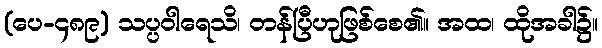
(ပေ-၄၈၉) သပ္ပဝါရေသိ၊ တန်ပြီဟုဖြစ်စေ၏။ အထ၊ ထိုအခါ၌။